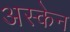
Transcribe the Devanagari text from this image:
अस्केन